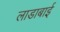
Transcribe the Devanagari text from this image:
लाडाबाई